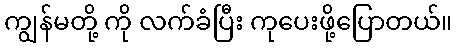
ကျွန်မတို့ ကို လက်ခံပြီး ကုပေးဖို့ပြောတယ်။